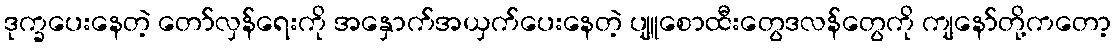
ဒုက္ခပေးနေတဲ့ တော်လှန်ရေးကို အနှောက်အယှက်ပေးနေတဲ့ ပျူစောထီးတွေဒလန်တွေကို ကျနော်တို့ကတော့